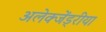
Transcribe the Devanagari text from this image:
अलेक्जेंड्रीया